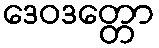
ဒေဝဒတ္တော